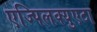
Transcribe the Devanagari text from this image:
एज्पिलक्युएटा